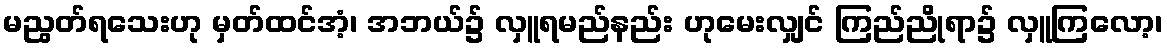
မညွတ်ရသေးဟု မှတ်ထင်အံ့၊ အဘယ်၌ လှူရမည်နည်း ဟုမေးလျှင် ကြည်ညိုရာ၌ လှူကြလော့၊